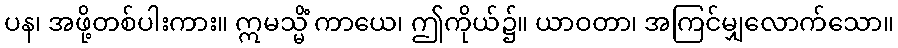
ပန၊ အဖို့တစ်ပါးကား။ ဣမသ္မိံ ကာယေ၊ ဤကိုယ်၌။ ယာဝတာ၊ အကြင်မျှလောက်သော။